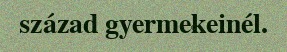
század gyermekeinél.